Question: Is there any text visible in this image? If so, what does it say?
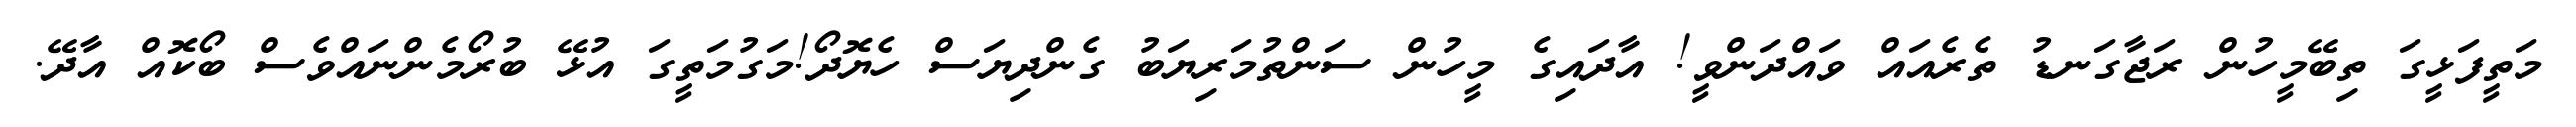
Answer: މަތީފަޅީގަ ތިބޭމީހުން ރަޖާގަނޑު ތެރެއައް ވައްދަންވީ! އާދައިގެ މީހުން ސަންތުމަރިޔަބު ގެންދިޔަސް ހެޔޮދޯ!މަގުމަތީގަ އުޅޭ ބުރޯމެންނައްވެސް ބޯކޮއް އާދޭ.